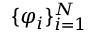
\{ \varphi _ { i } \} _ { i = 1 } ^ { N }